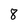
Character: 8